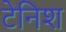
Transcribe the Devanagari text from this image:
टेनिश